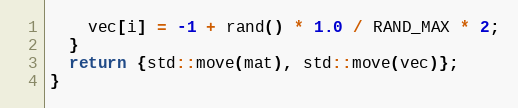
Language: C++
    vec[i] = -1 + rand() * 1.0 / RAND_MAX * 2;
  }
  return {std::move(mat), std::move(vec)};
}